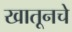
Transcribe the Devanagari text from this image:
खातूनचे